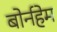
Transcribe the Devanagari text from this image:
बोर्नहेम